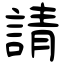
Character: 請